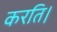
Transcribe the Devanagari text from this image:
करति।